画像に写った文字を読んでください
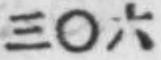
「三〇六」と書いてあります